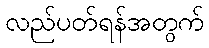
လည်ပတ်ရန်အတွက်